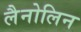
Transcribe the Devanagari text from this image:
लैनोलिन